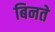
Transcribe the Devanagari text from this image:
बिनते